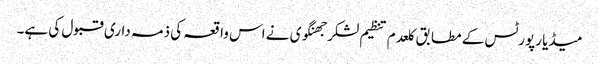
میڈیا رپورٹس کے مطابق کلعدم تنظیم لشکر جھنگوی نے اس واقعہ کی ذمہ داری قبول کی ہے۔